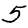
Digit: 5